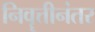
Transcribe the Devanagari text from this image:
निवॄत्तीनंतर